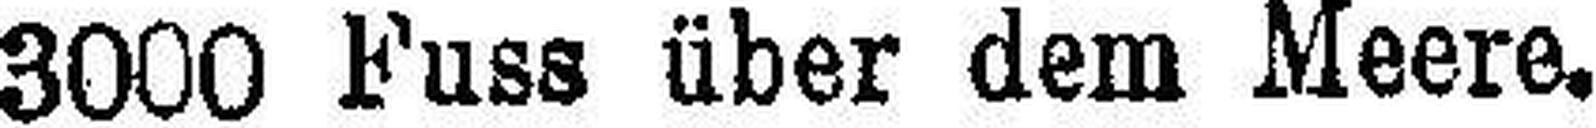
3000 Fuss über dem Meere.